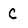
Character: C